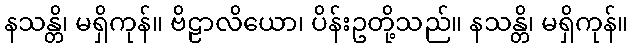
နသန္တိ၊ မရှိကုန်။ ဗိဠာလိယော၊ ပိန်းဥတို့သည်။ နသန္တိ၊ မရှိကုန်။